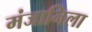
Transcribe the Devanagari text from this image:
मंजानिला